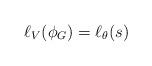
LaTeX: \begin{align*} \ell_V(\phi_G)=\ell_\theta(s)\end{align*}